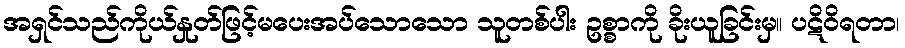
အရှင်သည်ကိုယ်နှုတ်ဖြင့်မပေးအပ်သောသော သူတစ်ပါး ဥစ္စာကို ခိုးယူခြင်းမှ။ ပဋိဝိရတာ၊